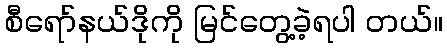
စီရော်နယ်ဒိုကို မြင်တွေ့ခဲ့ရပါ တယ်။